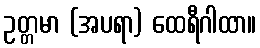
ဥတ္တမာ (အပရာ) ထေရီဂါထာ။